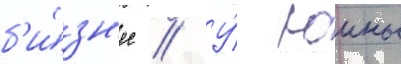
б'и́зн'ес // У́ юины